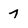
Character: 7